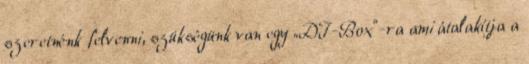
szeretnénk felvenni, szükségünk van egy „DI-Box”-ra ami átalakítja a